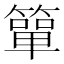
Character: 簞